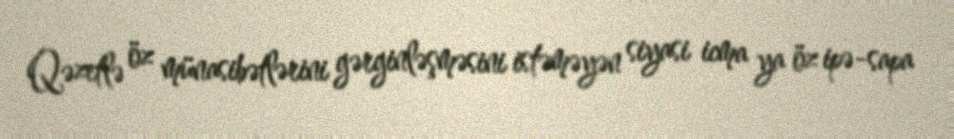
Qəzetlə öz münasibətlərini gərginləşməsini istəməyən siyasi icma ya öz ipə-sapa